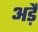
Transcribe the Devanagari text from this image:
अड़ै